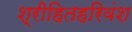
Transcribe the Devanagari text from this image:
श्रीहितहरिवंश